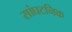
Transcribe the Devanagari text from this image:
सांघटनिक